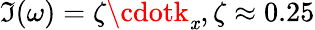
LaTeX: \Im(\omega)=\zeta\cdotk_{\mathit{x}},\zeta\approx0.25